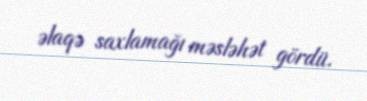
əlaqə saxlamağı məsləhət gördü.